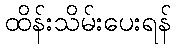
ထိန်းသိမ်းပေးရန်